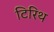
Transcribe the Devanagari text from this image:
टिरिथ